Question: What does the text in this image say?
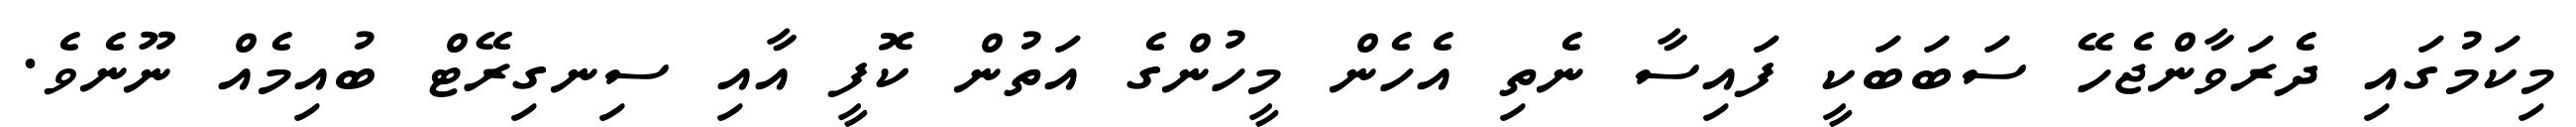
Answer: މިކަމުގައި ދެރަވާންޖެހޭ ސަބަބަކީ ފައިސާ ނެތި އެހެން މީހުންގެ އަތުން ކޮފީ އާއި ސިނގިރޭޓް ބުއިމެއް ނޫނެވެ.